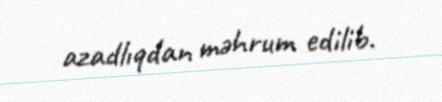
azadlıqdan məhrum edilib.